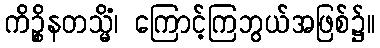
ကိဉ္စိနတသ္မိံ၊ ကြောင့်ကြဘွယ်အဖြစ်၌။